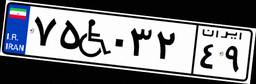
۸۶W۳۱۵۱۲